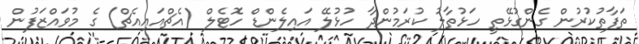
ތަފާތުކުރުން ގެންގުޅޭތީ ހަޅުތާލު ކުރަމުންދާ ހުޅުލޭ އައިލެންޑް ހޮޓެލް (އެޗްއައިއެޗް) ގެ މުވައްޒަފުން